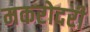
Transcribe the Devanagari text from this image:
मकरोदरी